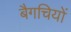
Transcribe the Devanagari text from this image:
बैगचियों